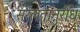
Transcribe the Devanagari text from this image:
सरलतानुरोध